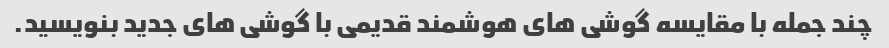
چند جمله با مقایسه گوشی های هوشمند قدیمی با گوشی های جدید بنویسید.